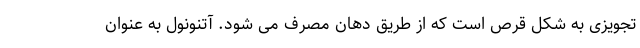
تجویزی به شکل قرص است که از طریق دهان مصرف می شود. آتنونول به عنوان